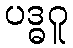
ပဒ္ဓဂူ